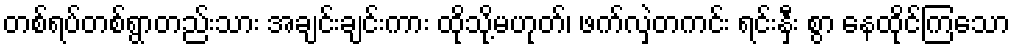
တစ်ရပ်တစ်ရွာတည်းသား အချင်းချင်းကား ထိုသို့မဟုတ်၊ ဖက်လှဲတကင်း ရင်းနှီး စွာ နေထိုင်ကြသော